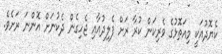
ކެޔޮދުއަކީ މިއަތޮޅުގެ ވެރިކަން ކުރާ ރަށް ފެލިދުއާއި ޖެހިގެން ދެކުނަށް އޮންނަ ރަށެވެ.